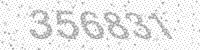
Solution: 356831